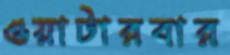
ওয়াটারবার